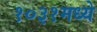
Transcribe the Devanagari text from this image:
१०३१मध्ये